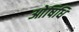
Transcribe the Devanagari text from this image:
ओषिधि